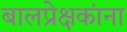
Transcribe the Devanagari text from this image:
बालप्रेक्षकांना